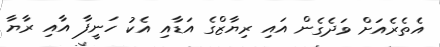
އެތެރެއަށް ވަދެގެން އައި ރިޔާޒްގެ އަޑާއި އެކު ހަނީފާ އާއި ރާޔާ